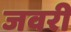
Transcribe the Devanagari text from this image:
जवरी